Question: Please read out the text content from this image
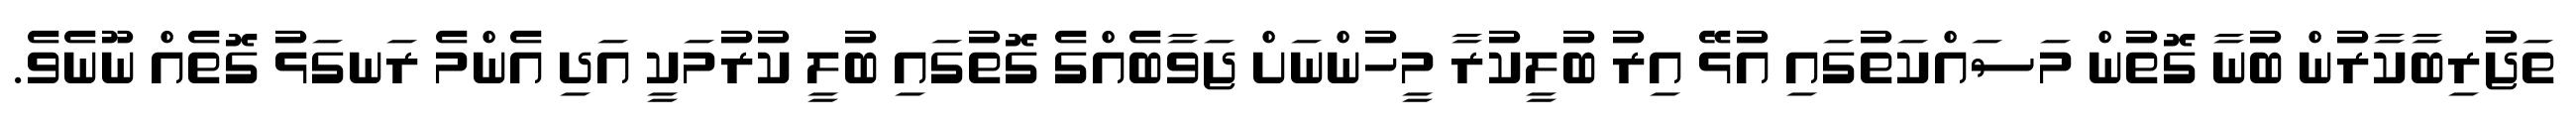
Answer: ތަޖުރިބާކާރުން ބުނާ ގޮތުން މަސައްކަތުގައި އުޅޭ އިރު ބުލީކުރާ މީހުންނަށް ޖަވާބެއްގެ ގޮތުގައި ބުލީ ކުރުމަކީ އަދި އެންމެ ރަނގަޅު ގޮތެއް ނޫނެވެ.